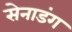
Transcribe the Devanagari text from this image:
सेनाडंग